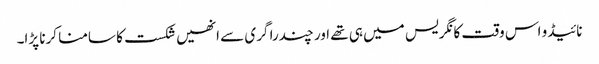
نائیڈو اس وقت کانگریس میں ہی تھے اور چندرا گری سے انھیں شکست کا سامنا کرنا پڑا۔